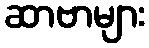
ဆာဗာများ